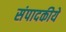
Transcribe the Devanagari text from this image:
संपादकीये